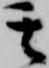
其